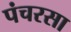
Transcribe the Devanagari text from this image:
पंचरसा